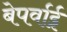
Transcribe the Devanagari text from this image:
बेपर्वाई